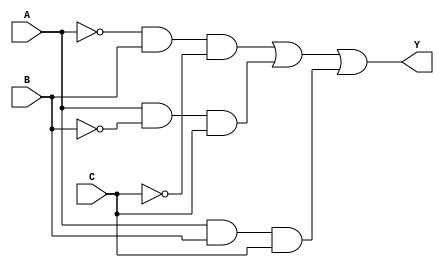
module combinational_logic_block (
    input wire A,    // Input variable A
    input wire B,    // Input variable B
    input wire C,    // Input variable C
    output wire Y    // Output Y
);

// Internal signals for prime implicants
wire p1, p2, p3, p4;

// Prime Implicant Generation
// p1 = A'B'C' (minterm 0, not used in this example)
// p2 = A'BC' (minterm 2)
// p3 = AB'C' (minterm 1)
// p4 = ABC (minterm 5)

// Implementing the essential prime implicants
assign p1 = A & ~B & ~C; // A'B'C' = 0 (not used)
assign p2 = ~A & B & ~C; // A'BC'
assign p3 = A & ~B & C;  // AB'C'
assign p4 = A & B & C;   // ABC

// Output Logic using OR gate for essential prime implicants
assign Y = p2 | p3 | p4;   // Combine essential prime implicants

endmodule